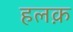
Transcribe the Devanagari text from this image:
हलक़